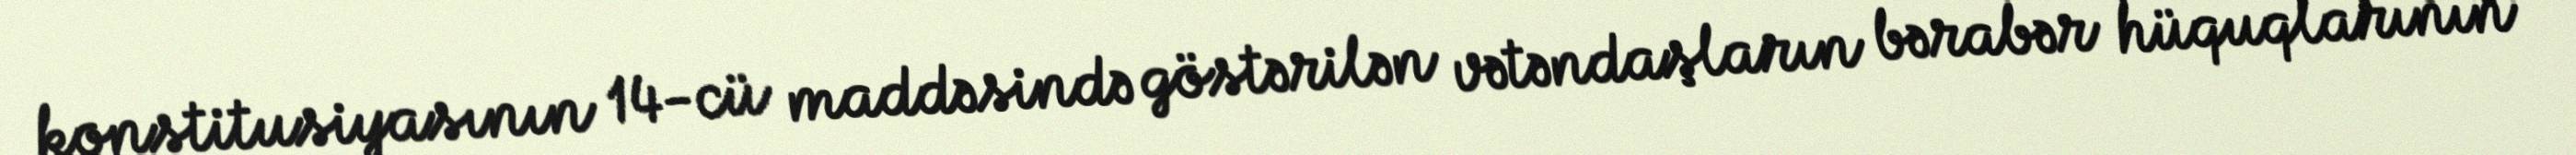
konstitusiyasının 14-cü maddəsində göstərilən vətəndaşların bərabər hüquqlarının